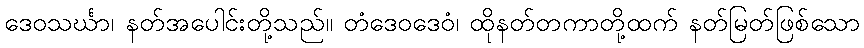
ဒေဝသင်္ဃာ၊ နတ်အပေါင်းတို့သည်။ တံဒေဝဒေဝံ၊ ထိုနတ်တကာတို့ထက် နတ်မြတ်ဖြစ်သော